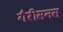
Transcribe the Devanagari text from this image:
गैरीसनस